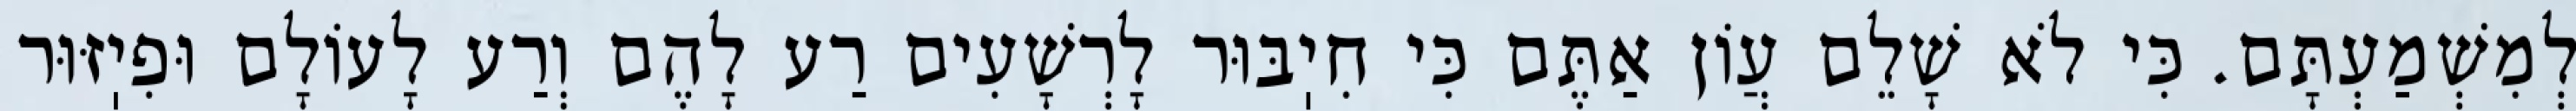
לְמִשְׁמַעְתָּם. כִּי לֹא שָׁלֵם עֲוֹן אַתֶּם כִּי חִיֽבּוּר לָרְשָׁעִים רַע לָהֶם וְרַע לָעוֹלָם וּפִיֽזּוּר